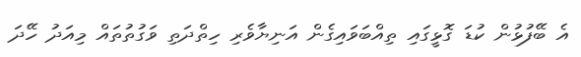
އެ ބޭފުޅުން ކުޑަ ގޮޅީގައި ތިއްބަވައިގެން އަނިޔާވެރި ހިތްދަތި ވަގުތުތައް މިއަދު ހޭދަ